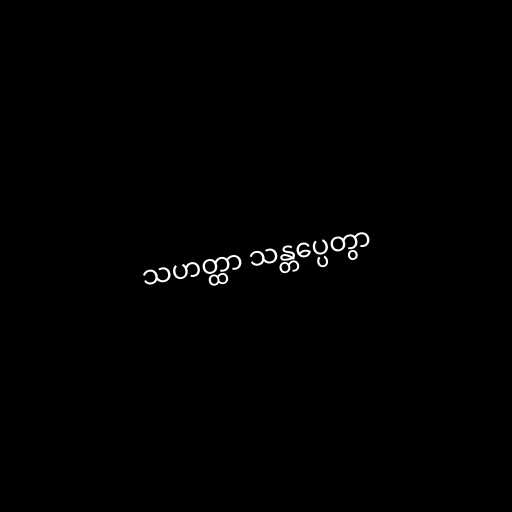
သဟတ္ထာ သန္တပ္ပေတွာ